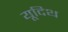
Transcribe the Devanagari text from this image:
यूदिथ